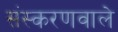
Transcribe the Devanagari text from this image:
संस्करणवाले